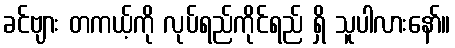
ခင်ဗျား တကယ့်ကို လုပ်ရည်ကိုင်ရည် ရှိ သူပါလားနော်။